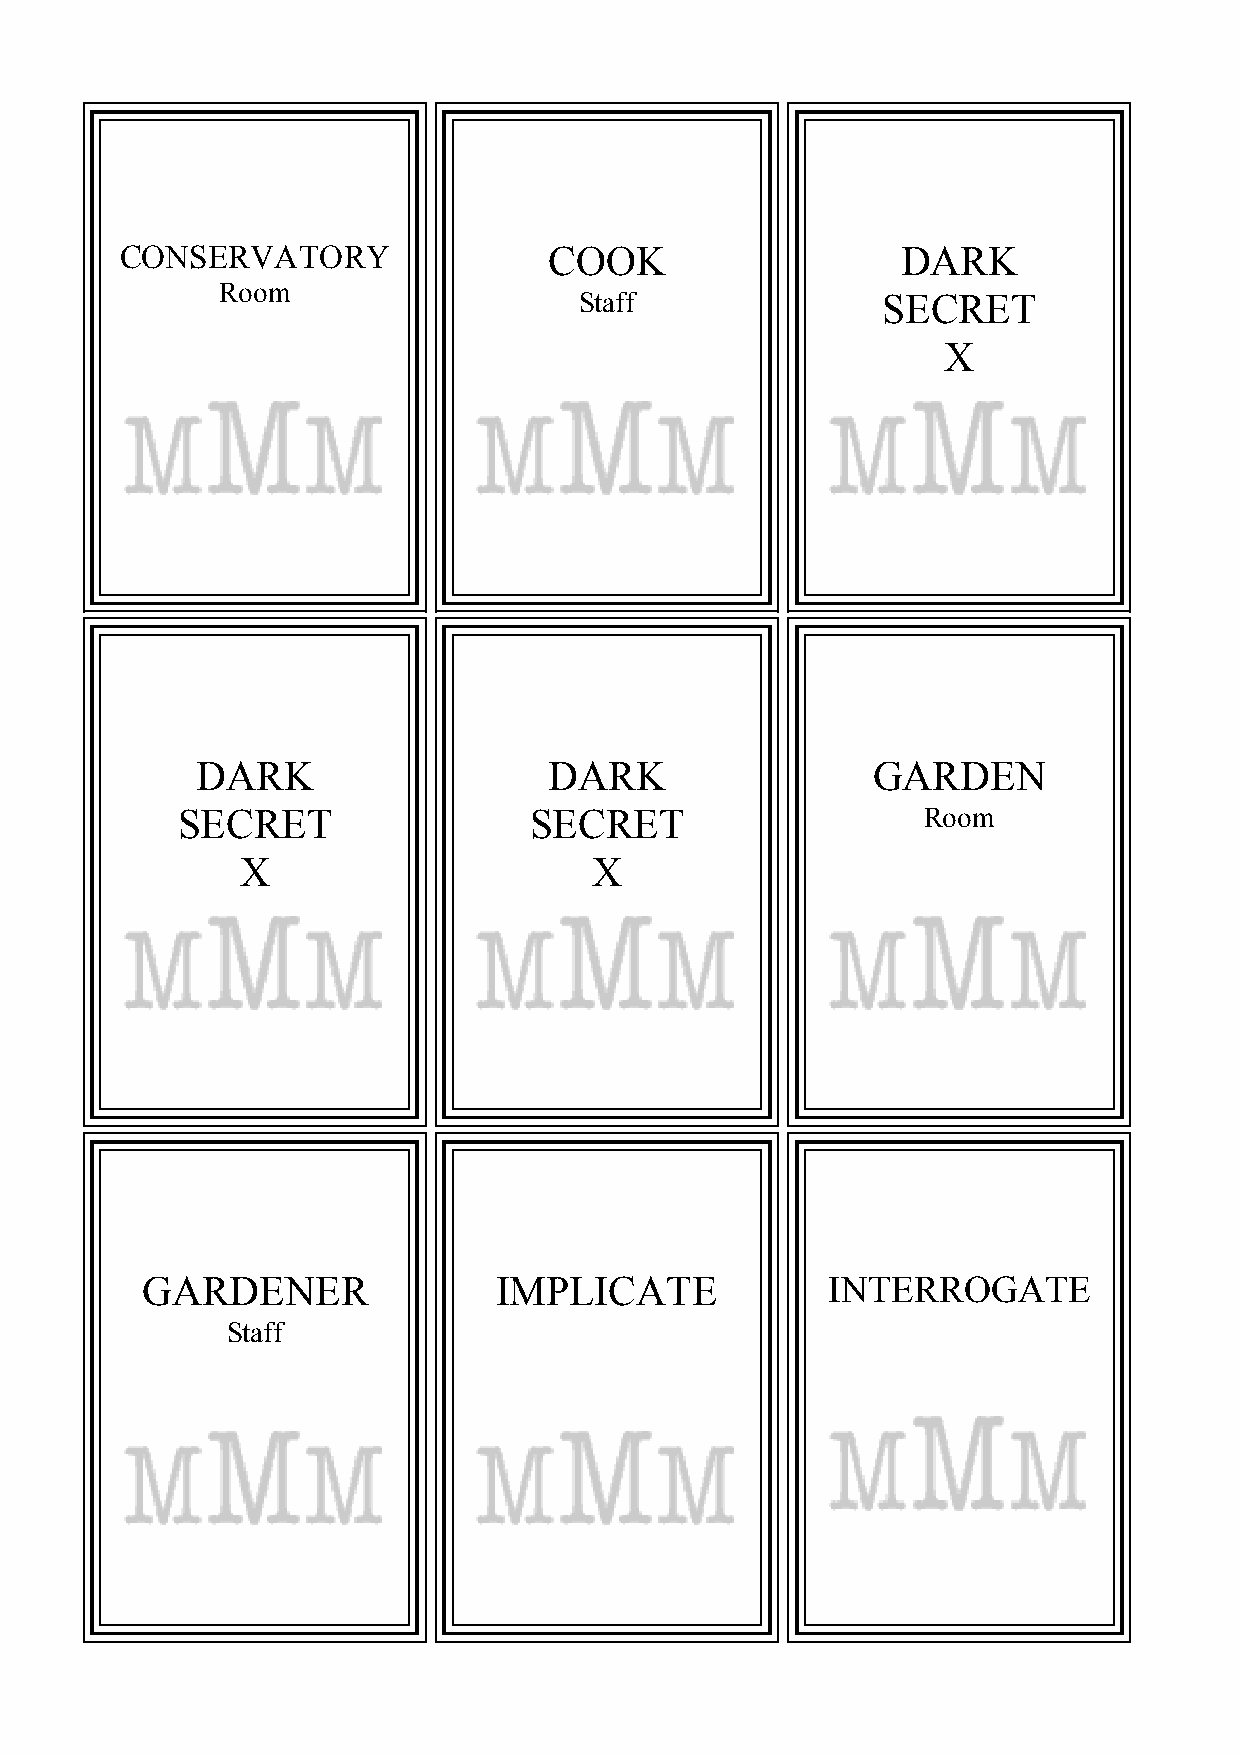
CONSERVATORY                COOK                    DARK
 Room
 Staff               SECRET
 X
 DARK                   DARK                  GARDEN
 SECRET                 SECRET                    Room
 X                      X
 GARDENER                IMPLICATE             INTERROGATE
 Staff